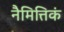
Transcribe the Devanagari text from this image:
नैमित्तिकं